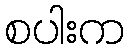
စပါးက